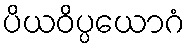
ပိယဝိပ္ပယောဂံ